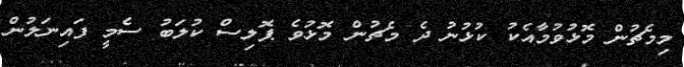
މިމެޗުން މޮޅުވުމާއެކު ކުޅުނު ދެ މެޗުން މޮޅުވެ ޕޮލިސް ކުލަބު ސެމީ ފައިނަލުން